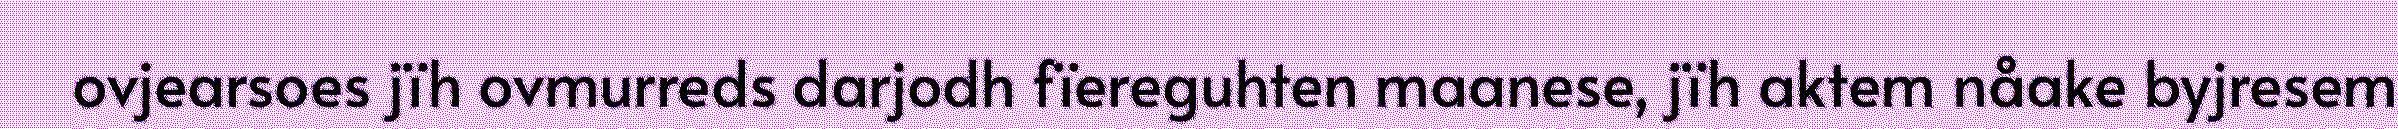
ovjearsoes jïh ovmurreds darjodh fïereguhten maanese, jïh aktem nåake byjresem